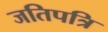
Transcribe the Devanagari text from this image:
जतिपत्रि